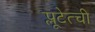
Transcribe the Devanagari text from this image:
प्लूटेत्ची